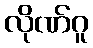
လိုဏ်ဂူ